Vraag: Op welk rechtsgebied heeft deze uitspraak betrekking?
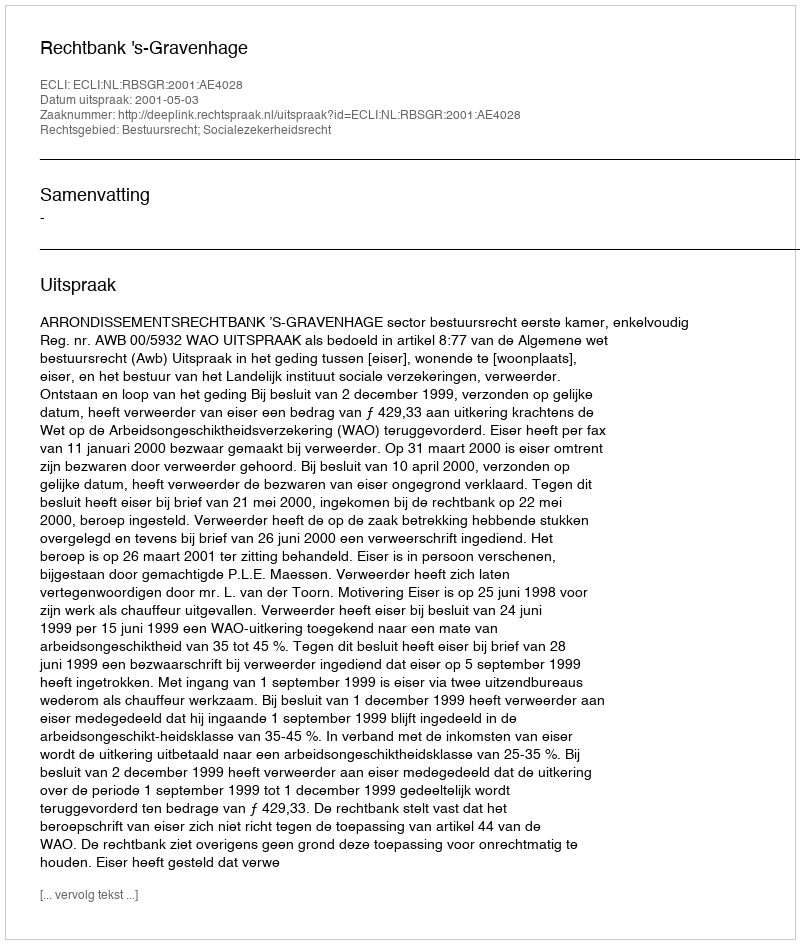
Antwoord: Bestuursrecht; Socialezekerheidsrecht